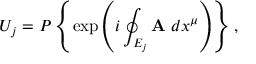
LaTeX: U _ { j } = { \cal P } \left\{ \exp \left( i \oint _ { E _ { j } } { { \bf A _ { \mu } } d x ^ { \mu } } \right) \right\} ,